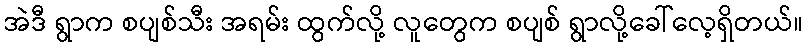
အဲဒီ ရွာက စပျစ်သီး အရမ်း ထွက်လို့ လူတွေက စပျစ် ရွာလို့ခေါ်လေ့ရှိတယ်။